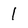
Character: 1